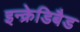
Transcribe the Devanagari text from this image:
इन्क्रेडिबैड